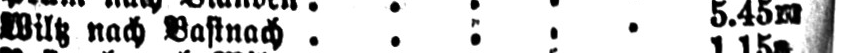
Wiltz nach Bastnach ..:.. 5.45m